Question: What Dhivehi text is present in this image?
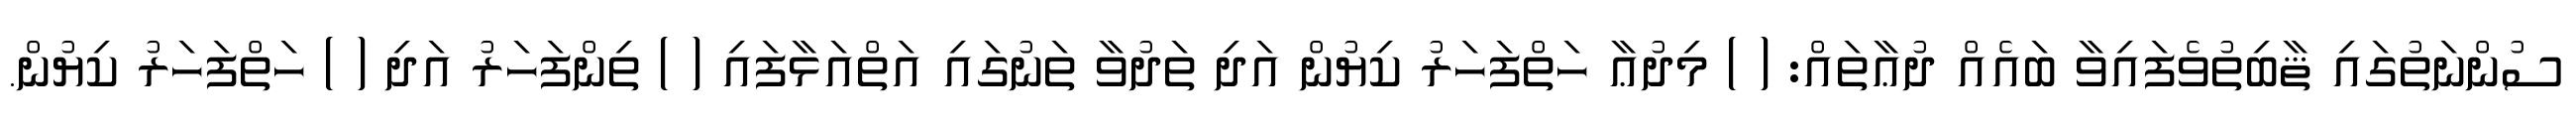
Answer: ސުންނަތުގައި ޘާބިތުވެފައިވާ ބައެއް ދުޢާތައް: ( ) މިދުޢާ ހަތްފަހަރު ކިޔުން އަދި ތަދުވާ ތަނުގައި އަތްއަޅާފައި ( ) ތިންފަހަރު އަދި ( ) ހަތްފަހަރު ކިޔުން.